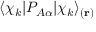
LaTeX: \langle \chi _ { k } | P _ { A \alpha } | \chi _ { k } \rangle _ { ( \mathbf { r } ) }